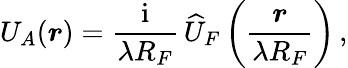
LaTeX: U_{A}(\boldsymbol r)={\frac{\mathrm{i}}{\lambda R_{F}}}\, \widehat{U}_{F}\left({\frac{\boldsymbol r}{\lambda R_{F}}}\right)\, ,